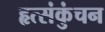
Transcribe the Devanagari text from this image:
हृत्संकुंचन